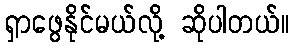
ရှာဖွေနိုင်မယ်လို့ ဆိုပါတယ်။